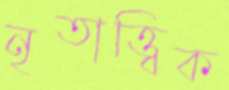
নৃতাত্ত্বিক